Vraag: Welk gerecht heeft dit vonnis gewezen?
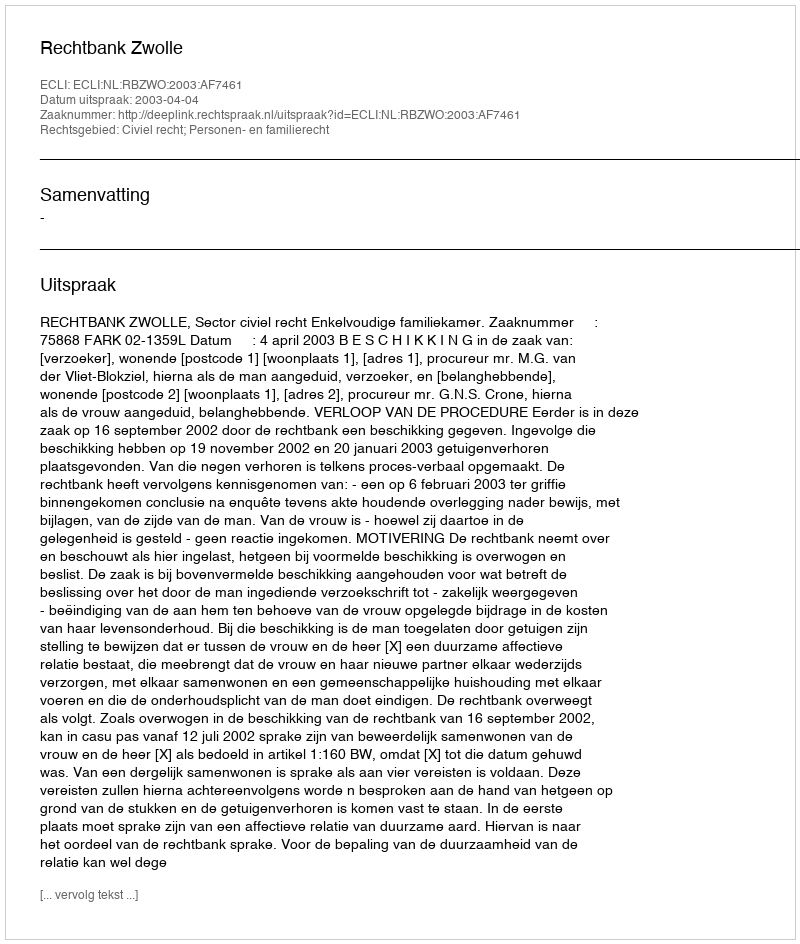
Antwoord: Rechtbank Zwolle